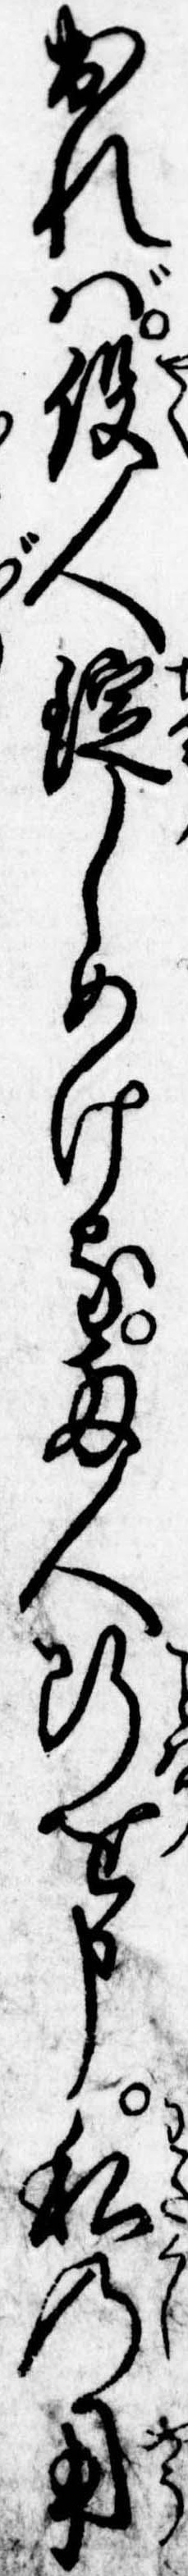
出れば役人錠しめける両人断を申私の用